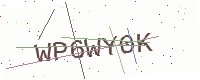
Text: WP6WY0K